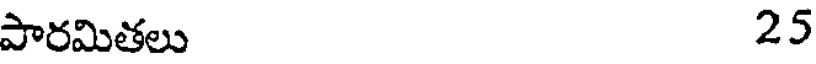
పారమితలు 25